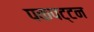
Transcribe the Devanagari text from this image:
पकपट्टन